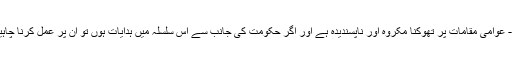
۱۰- عوامی مقامات پر تھوکنا مکروہ اور ناپسندیدہ ہے اور اگر حکومت کی جانب سے اس سلسلہ میں ہدایات ہوں تو ان پر عمل کرنا چاہیے۔